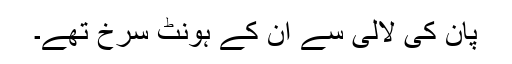
پان کی لالی سے ان کے ہونٹ سرخ تھے۔